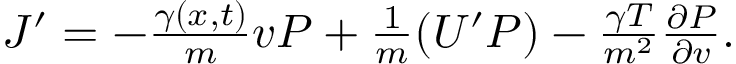
\begin{array} { r } { J ^ { \prime } = - { \frac { \gamma ( x , t ) } { m } } v P + { \frac { 1 } { m } } ( U ^ { \prime } P ) - { \frac { \gamma T } { m ^ { 2 } } } { \frac { \partial P } { \partial v } } . } \end{array}